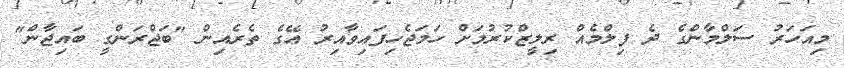
މިއަހަރު ސަލްމާންގެ ދެ ފިލްމެއް ރިލީޒްކުރުމަށް ހަމަޖެހިފައިވާއިރު އޭގެ ތެރެއިން "ބަޖްރަންގީ ބައިޖާން"